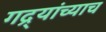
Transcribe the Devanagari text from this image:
गद्र्‍यांच्याच